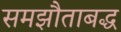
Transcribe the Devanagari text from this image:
समझौताबद्ध